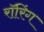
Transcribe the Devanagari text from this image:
रॉरिंग